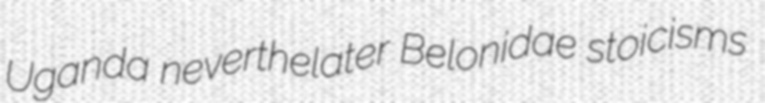
Uganda neverthelater Belonidae stoicisms